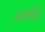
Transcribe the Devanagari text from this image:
अलॉइ